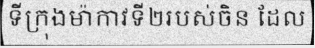
ទីក្រុងម៉ាកាវទី២របស់ចិន ដែល